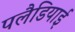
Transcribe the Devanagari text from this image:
पलैडियाई